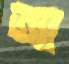
আ